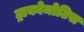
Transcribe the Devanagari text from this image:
ट्राकोमोटिस